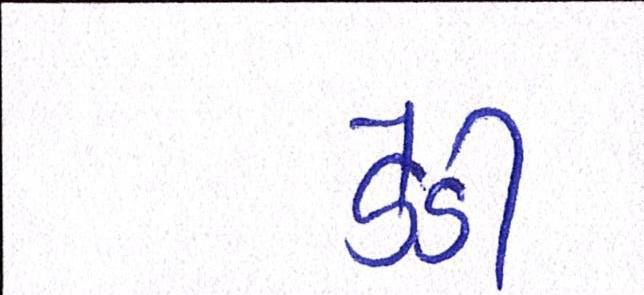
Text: ડેડી